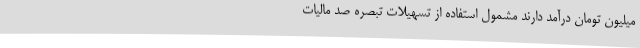
میلیون تومان درآمد دارند مشمول استفاده از تسهیلات تبصره صد مالیات